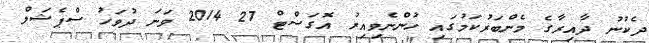
ދެކުނު ދާއިރާގެ މެންބަރުކަމުގައި ހުންނެވިއިރު އޮގަސްޓް 27 2014 ވަނަ ދުވަހު ސްޕެޝަލް